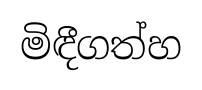
මිඳීගත්හ